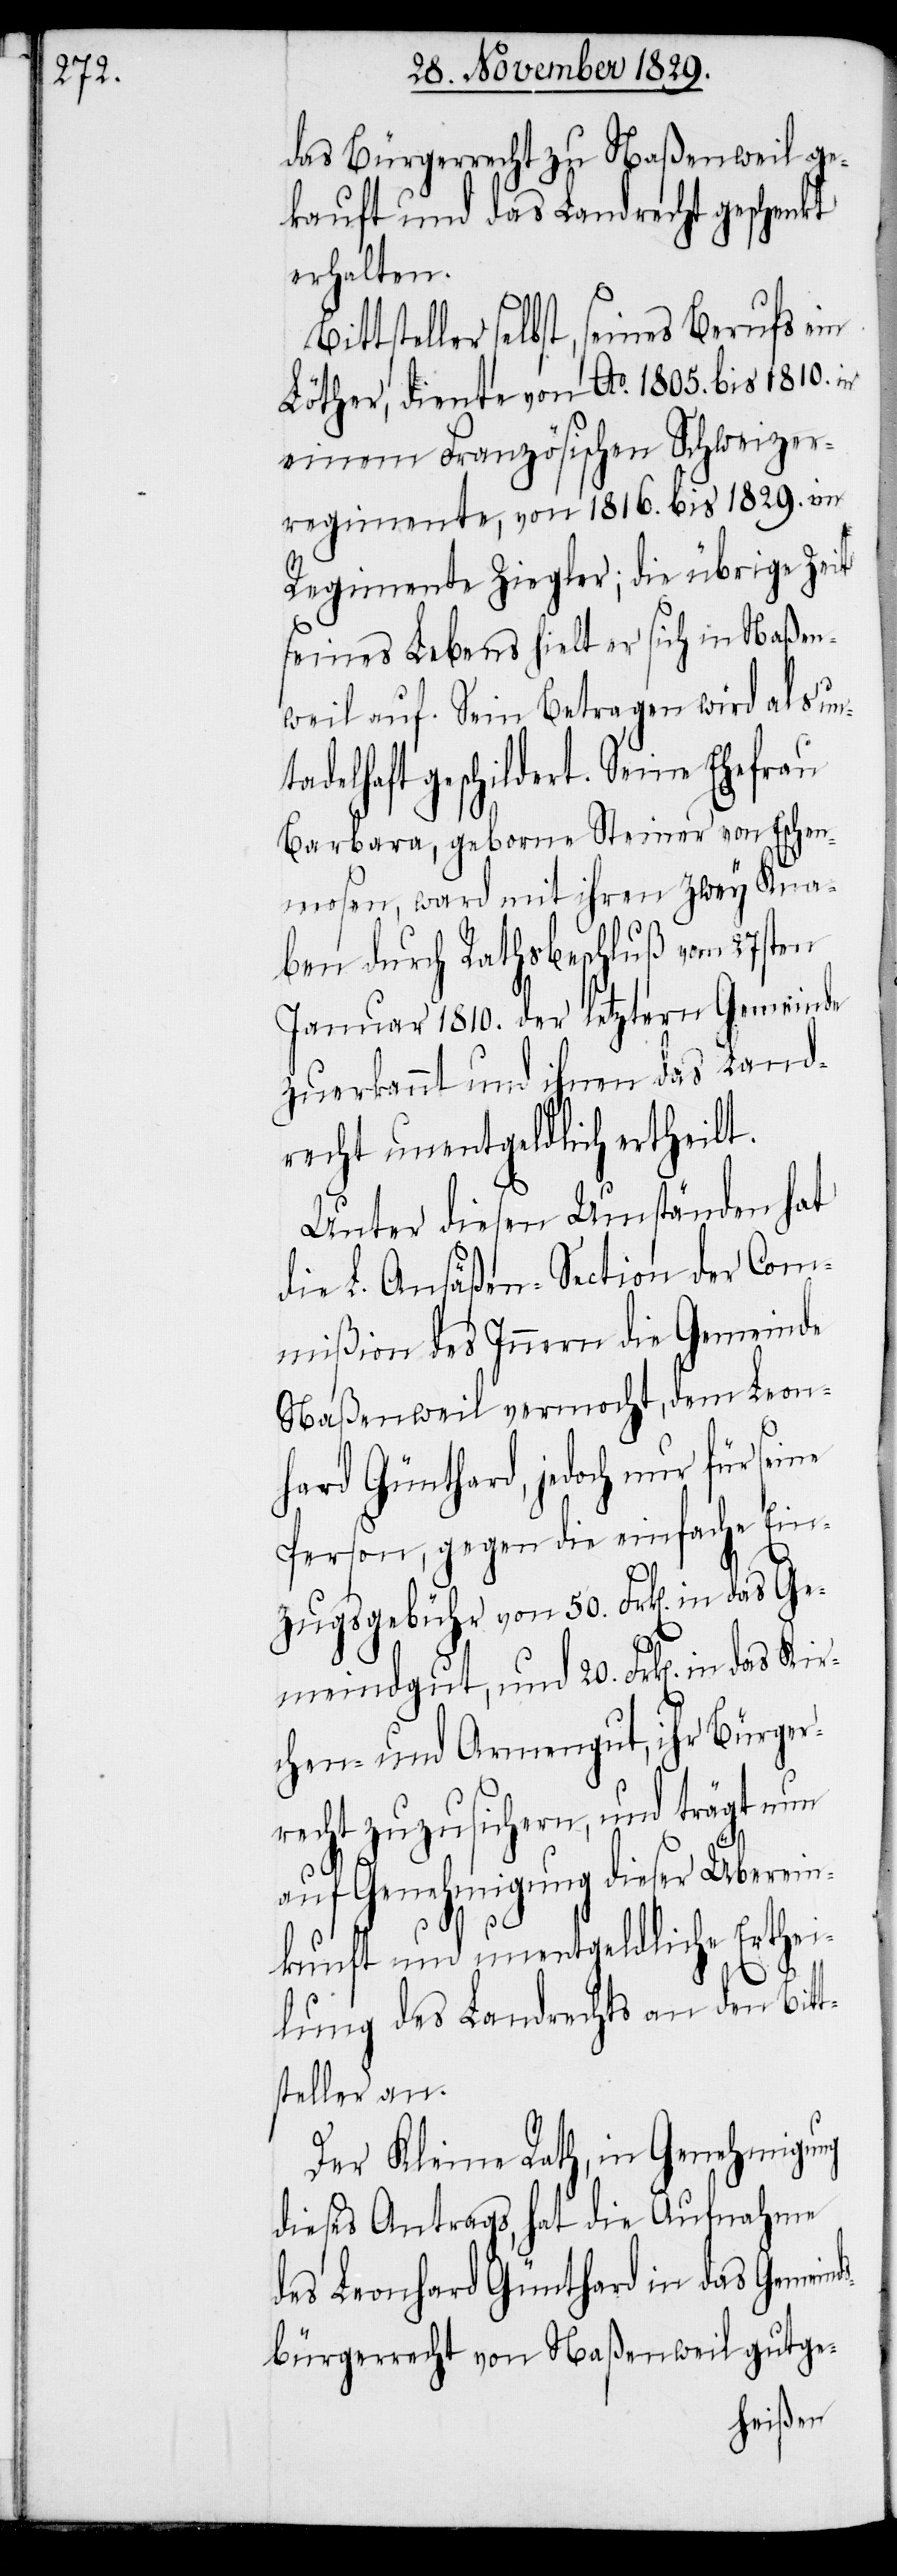
Kir¬

das Bürgerrecht zu Naßenweil ge¬
kauft und das Landrecht geschenkt
erhalten.
selbst, seines Berufes ein
Löther, diente von Ao. 1805. bis 1810. in
einem Französischen Schweizer¬
regimente, von 1816. bis 1829. im
Regimente Ziegler; die übrige Zeit
seines Lebens hielt er sich in Naßen¬
weil auf. Sein Betragen wird als un¬
tadelhaft geschildert. Seine Ehefrau
Barbara, geborne Steiner von Eschen¬
mosen, ward mit ihren zwey Kna¬
ben durch Rathsbeschluß vom 27sten
Januar 1810. der letztern Gemeinde
zuerkannt und ihnen das Land¬
recht unentgeldlich ertheilt.
Unter diesen Umständen hat
die L. Ansäßen-Section der Com¬
mißion des Innern die Gemeinde
hard Günthard, jedoch nur für seine
Person, gegen die einfache Ein¬
zugsgebühr von 50. Frk[en]. in das
Gemeindgut, und 20. Frk[en]. in das
chen- und Armengut, ihr Bürger¬
recht zuzusichern, und trägt nun
auf Genehmigung dieser Überein¬
kunft und unentgeldliche Erthei¬
lung des Landrechts an den Bitt¬
steller an.
Der Kleine Rath, in Genehmigung
dieses Antrags, hat die Aufnahme
des Leonhard Günthard in das Gemeind¬
sbürgerrecht von Naßenweil gutge-
Leon¬